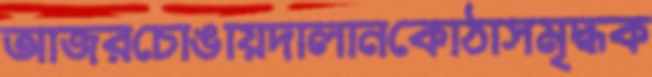
আজরচোঙায়দালানকোঠাসমৃদ্ধক